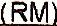
(RM)